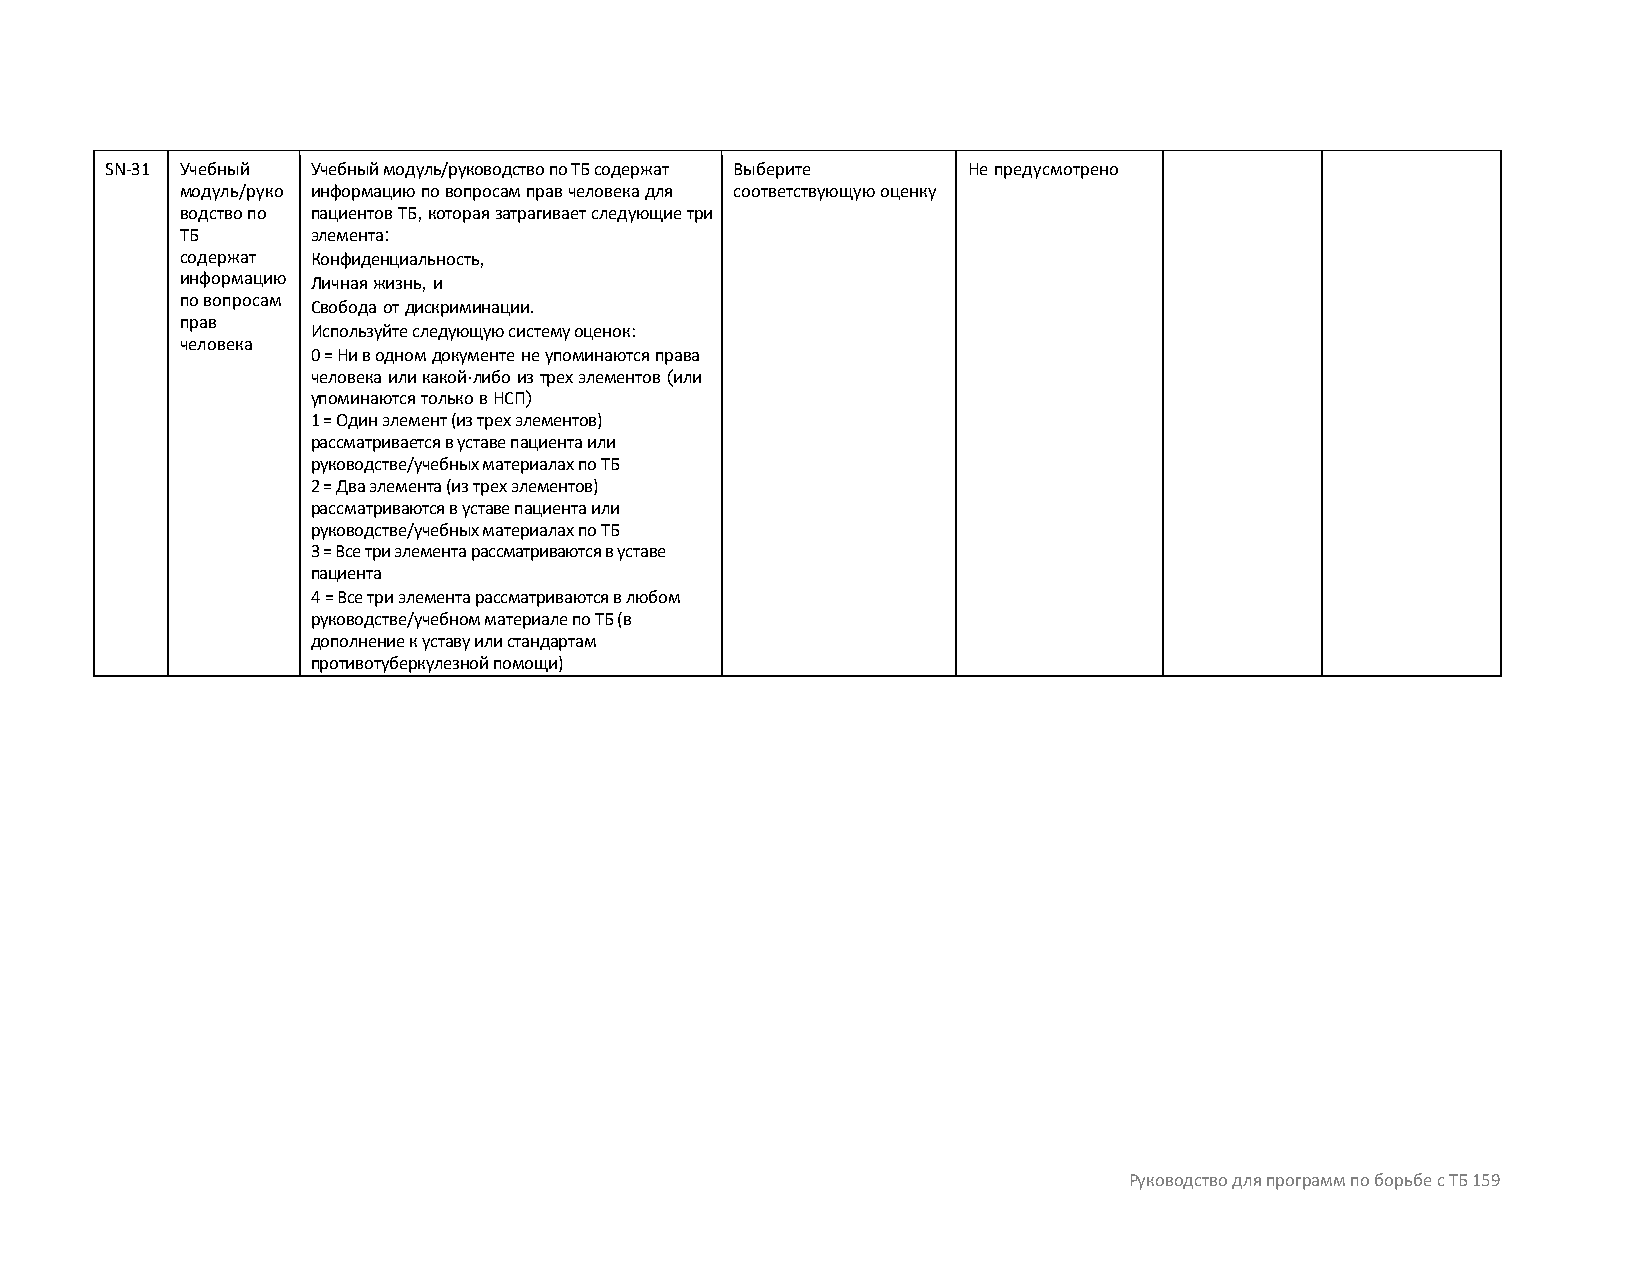
SN-31 Учебный Учебный модуль/руководство по ТБ содержат Выберите Не предусмотрено
 модуль/руко информацию по вопросам прав человека для соответствующую оценку
 водство по пациентов ТБ, которая затрагивает следующие три
 ТБ       элемента:
 содержат Конфиденциальность,
 информацию Личная жизнь, и
 по вопросам
 Свобода от дискриминации.
 прав
 Используйте следующую систему оценок:
 человека
 0 = Ни в одном документе не упоминаются права
 человека или какой-либо из трех элементов (или
 упоминаются только в НСП)
 1 = Один элемент (из трех элементов)
 рассматривается в уставе пациента или
 руководстве/учебных материалах по ТБ
 2 = Два элемента (из трех элементов)
 рассматриваются в уставе пациента или
 руководстве/учебных материалах по ТБ
 3 = Все три элемента рассматриваются в уставе
 пациента
 4 = Все три элемента рассматриваются в любом
 руководстве/учебном материале по ТБ (в
 дополнение к уставу или стандартам
 противотуберкулезной помощи)
 Руководство для программ по борьбе с ТБ 159